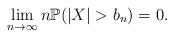
LaTeX: \begin{align*}\lim_{n\to \infty}n\mathbb{P}(|X|>b_n)=0.\end{align*}